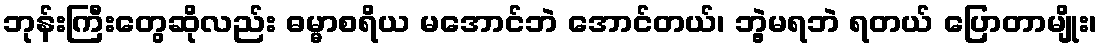
ဘုန်းကြီးတွေဆိုလည်း ဓမ္မာစရိယ မအောင်ဘဲ အောင်တယ်၊ ဘွဲ့မရဘဲ ရတယ် ပြောတာမျိုး၊